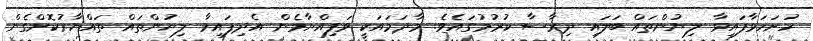
ހުށަހަޅާފައިވާ ލިޔުންތައް ބަލައި ދިރާސާ ކުރުމުގައެވެ. މާދަމައަކީ ވަފިއްޔާމެން އެދިފައިވާ ލިޔުންތައް ތައްޔާރުކޮށްގެން